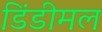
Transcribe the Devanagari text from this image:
डिंडीमल